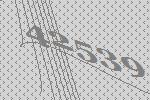
42539